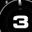
Digit: 3